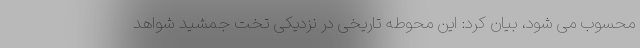
محسوب می شود، بیان کرد: این محوطه تاریخی در نزدیکی تخت جمشید شواهد